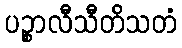
ပဉ္စာလီသီတိသတံ